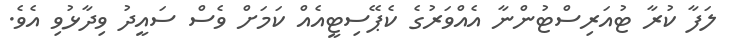
ލަފާ ކުރާ ޓުއަރިސްޓުންނާ އެއްވަރުގެ ކެޕޭސިޓީއެއް ކަމަށް ވެސް ސައީދު ވިދާޅުވި އެވެ.